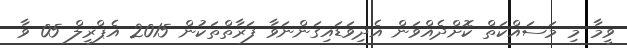
ވީމާ މި މަސައްކަތް ކޮށްދެއްވަން އެދިވަޑައިގަންނަވާ ފަރާތްތަކުން 2015 އެޕްރީލް 05 ވާ